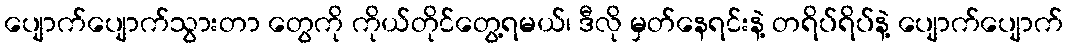
ပျောက်ပျောက်သွားတာ တွေကို ကိုယ်တိုင်တွေ့ရမယ်၊ ဒီလို မှတ်နေရင်းနဲ့ တရိပ်ရိပ်နဲ့ ပျောက်ပျောက်